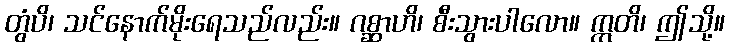
တွံပိ၊ သင်နောက်မိုးရေသည်လည်း။ ဂစ္ဆာဟိ၊ စီးသွားပါလော။ ဣတိ၊ ဤသို့။